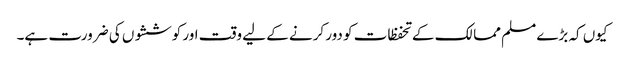
کیوں کہ بڑے مسلم ممالک کے تحفظات کو دور کرنے کے لیے وقت اور کوششوں کی ضرورت ہے۔